Report on sanitation, dispensaries, and jails in Rajputana for 1921, and on vaccination for the year 1921-1922 - 1921-1922
Year: 1921
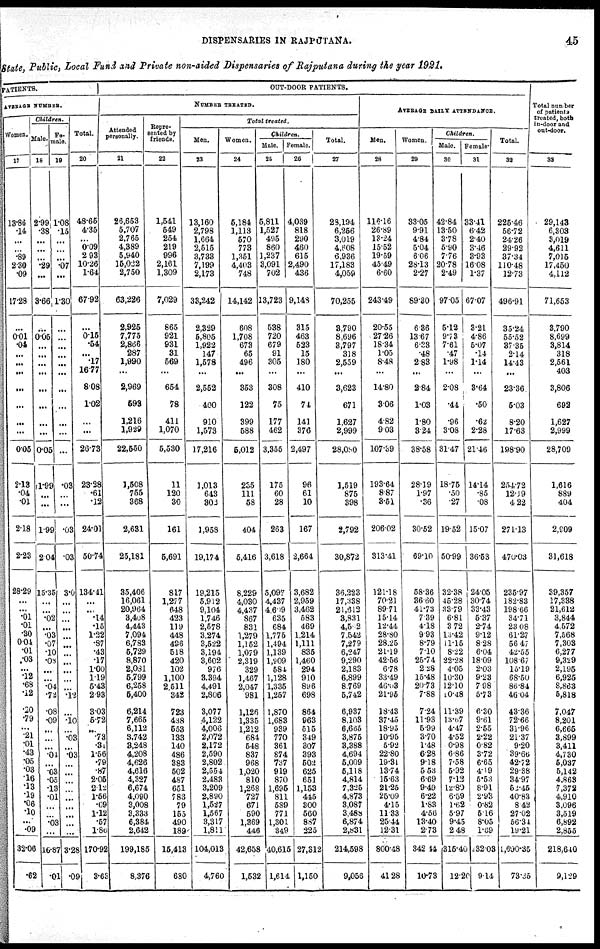
DISPENSARIES IN RAJPUTANA.
45
State Public, Local Fund and Private non-aided Dispensaries of Rajputana during the year 1921.
PATIENTS.
AVERAGE NUMBER.
Women.
17
13.86
.14
...
...
.89
230
.09
17.28
...
0.01
.04
...
...
...
...
...
...
...
0.05
213
.04
.01
2.18
2.23
28.29
...
...
.01
.01
.30
0.04
.01
.03
...
.12
.68
.12
.20
.79
...
.21
.01
.43
.05
.03
.16
.13
.19
.06
.10
...
.09
32.06
.62
Children.
Halo.
18
2.99
.38
...
...
...
.29
...
3.66
...
0.05
...
...
...
...
...
...
...
0.05
1.99
...
...
1.99
2.04
15.35
...
...
.02
...
.03
.07
.10
.08
...
...
.04
.72
.08
.09
...
...
...
.01
...
.03
.05
.13
.01
...
...
.03
...
16.87
.01
Fe¬
male.
19
1.08
15
...
...
...
.07
...
1.30
...
...
...
...
...
...
...
...
...
...
...
.03
...
...
.03
.03
3.0
...
...
...
...
...
...
...
...
...
...
...
.12
...
.10
...
.03
...
.03
...
...
...
...
...
...
...
...
...
3.28
.09
Total.
20
48.65
4.35
...
0.09
2.93
10.26
1.64
67.92
...
0.15
.54
...
.17
16.77
8.08
1.02
...
...
26.73
23.28
.61
.12
24.01
50.74
134.41
...
...
.14
.15
1.22
.87
.43
.17
1.00
1.19
5.43
293
3.03
572
...
.73
.31
1.56
.79
.87
2.05
2.12
1.56
.09
1.12
.57
1.86
170.92
3.63
OUT-DOOR PATIENTS.
NUMBER TREATED.
Attended
personally.
21
26,653
5,707
2,765
4,389
5,940
15,022
2,750
63,226
2,925
7,775
2,866
287
1,990
...
2,969
593
1,216
1,929
22,550
1,508
755
368
2,631
25,181
35,406
16,061
20,964
3,408
4,443
7,094
6,783
5,729
8,870
2,081
5,799
6,258
5,400
6,214
7,665
6,112
3,742
3,248
4,208
4,626
4,616
4,327
6,674
4,090
3,008
3,333
6,384
2,642
199,185
8,376
Repre¬
sented by
friends.
22
1,541
549
254
219
996
2,161
1,309
7,029
865
921
931
31
569
...
654
78
411
1,070
5,530
11
120
30
161
5,691
817
1,277
648
423
119
448
496
518
420
102
1,100
2,511
342
723
438
553
133
140
486
383
502
487
651
783
79
155
490
189
15,413
680
Total treated.
Men.
23
13,160
2,798
1,664
2,515
3,733
7,199
2,173
33,242
2,329
5,805
1,922
147
1,578
...
2,552
400
910
1,573
17,216
1,013
643
302
1,953
19,174
19,215
5,912
9,104
1,746
2,578
3,274
3,522
3,194
3,602
976
3,394
4,491
2,806
3,077
4,122
4,006
2,072
2,172
2,590
2,802
2,554
2,483
3,209
2,890
1,527
1,567
3,317
1,811
104,013
4,760
Women.
24
5,184
1,113
570
773
1,351
4,403
748
14,142
608
1,708
673
65
496
...
353
122
399
588
5,012
235
111
58
404
5,416
8,229
4,030
4,437
867
831
1,279
1,152
1,079
2,319
329
1,467
2,047
981
1,126
1,335
1,212
684
548
837
968
1,020
810
1,268
727
671
590
1,369
446
42,658
1,532
Children.
Male.
25
5,811
1,527
495
860
1,237
3,091
702
13,723
538
720
679
91
305
...
308
75
177
462
3,355
175
60
28
263
3,618
5,097
4,437
4,609
635
684
1,775
1,494
1,139
1,909
584
1,128
1,335
1,257
1,870
1,683
939
770
361
874
737
919
870
1,695
811
589
771
1,301
349
40,615
1,614
Female.
26
4,039
818
290
460
615
2,490
436
9,148
315
463
523
15
180
...
410
74
141
376
2,497
96
61
10
167
2,664
3,682
2,959
3,462
583
469
1,214
1,111
835
1,460
294
910
896
698
864
963
615
349
307
393
502
625
651
1,153
445
300
560
887
225
27,312
1,150
Total.
27
29,194
6,256
3,019
4,608
6,936
17,183
4,059
70,255
3,790
8,696
3,797
318
2,559
...
3,623
671
1,627
2,999
28,080
1,519
875
398
2,792
30,872
36,223
17,338
21,612
3,831
4,502
7,542
7,279
6,247
9,290
2,183
6,899
8,769
5,742
6,937
8,103
6,665
3,875
3,388
4,694
5,009
5,118
4,814
7,325
4,873
3,087
3,488
6,874
2,831
214,598
9,056
AVERAGE DAILY ATTENDANCE.
Men.
28
116.16
26.89
13.24
15.52
19.59
45.49
6.60
243.49
20.55
27.26
18.34
1.05
8.48
...
14.80
3.06
4.82
9.03
107.39
193.64
8.87
3.51
206.02
313.41
121.18
70.21
89.71
15.14
12.44
28.80
28.25
21.19
42.56
6.78
33.49
46.03
21.95
18.43
37.45
18.95
10.95
5.92
22.80
19.31
13.74
15.63
21.25
25.09
4.15
11.33
25.44
12.31
800.48
41.28
Women.
29
33.05
9.91
4.84
5.04
6.06
28.13
2.27
89.30
6.36
13.67
6.33
.48
2.83
...
2.84
1.03
1.80
3.24
38.58
28.19
1.97
.36
30.52
69.10
58.36
36.60
41.73
7.39
4.18
9.93
8.79
7.10
25.74
2.28
15.48
20.73
7.88
7.24
11.93
5.99
3.70
1.48
6.28
9.18
5.53
6.69
9.49
6.22
1.83
4.56
13.40
2.73
342.44
10.73
Children.
Male.
30
42.84
13.50
3.78
5.90
7.76
20.78
2.49
97.05
5.12
9.73
7.61
.47
1.98
...
2.08
.44
.96
3.08
31.47
18.75
.50
.27
19.52
50.99
32.38
45.28
33.79
6.81
3.72
13.42
11.15
8.22
22.28
4.05
10.30
12.10
10.48
11.39
13.67
4.47
4.52
0.98
6.86
7.58
5.92
7.12
12.80
6.59
1.62
5.97
9.45
2.48
315.40
12.20
Female
31
33.41
6.42
2.40
3.46
3.93
16.08
1.37
67.07
3.21
4.86
5.07
.14
114
...
3.64
.50
.62
2.28
21.46
14.14
.85
.08
15.07
36.53
24.05
30.74
33.43
5.37
2.74
9.12
8.28
6.04
18.09
2.03
9.23
7.98
5.73
6.30
9.61
2.55
2.22
0.82
3.72
6.65
4.19
5.53
8.91
2.93
0.82
5.16
8.05
1.69
232.03
9.14
Total.
32
225.46
56.72
24.26
29.92
37.34
110.48
12.73
496.91
35.24
55.52
37.35
2.14
14.43
...
23.36
5.03
8.20
17.63
198.90
254.72
12.19
4.22
271.13
470.03
235.97
182.83
198.66
34.71
23.08
61.27
56.47
42.55
108.67
16.19
68.50
86.84
46.04
43.36
72.66
31.96
21.37
9.20
39.66
42.72
29.38
34.97
52.45
40.83
8.42
27.02
56.34
19.21
1,690.35
73.35
Total number
of patients
treated, both
in-door and
out-door.
33
29,143
6,303
3,019
4,611
7,015
17,450
4,112
71,653
3,790
8,699
3,814
318
2,561
403
3,806
692
1,627
2,999
28,709
1,616
889
404
2,909
31,618
39,357
17,338
21,612
3,844
4,572
7,568
7,303
6,277
9,329
2,195
6,925
8,863
5,818
7,047
8,201
6,665
3,899
3,411
4,730
5,037
5,142
4,863
7,372
4,910
3,096
3,519
6,892
2,855
218,640
9,129